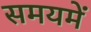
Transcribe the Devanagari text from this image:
समयमें